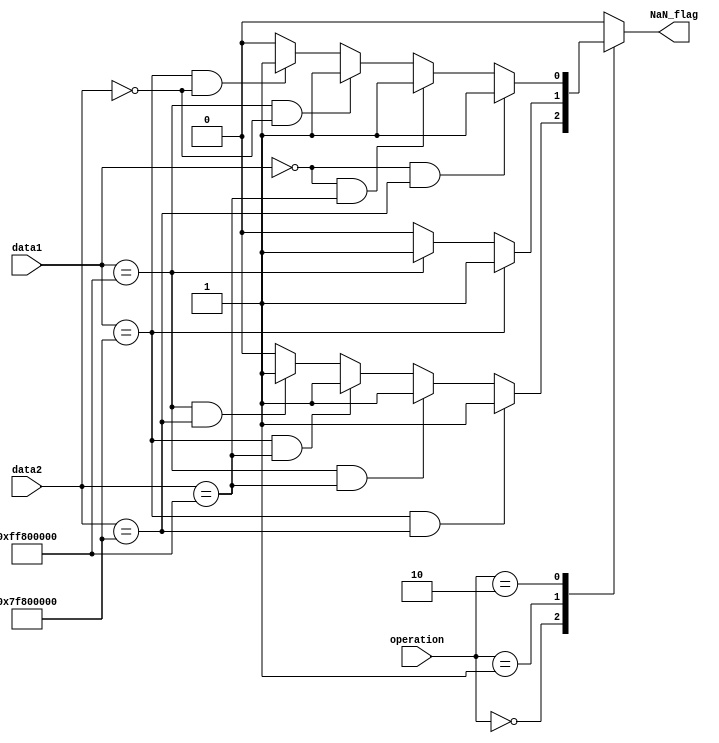
module NaN_mod_32
(
input wire [1:0] operation,
input wire [31:0] data1,
input wire [31:0] data2,
output reg NaN_flag
 ); 
 always @*
 begin
    case(operation)
        2'b00:
        begin
            if((data1 == 32'h7f800000) && (data2 == 32'h7f800000))
                NaN_flag = 1'b1;
            else if((data1 == 32'hff800000) && (data2 == 32'hff800000))
                NaN_flag = 1'b1;
            else if((data1 == 32'h7f800000) && (data2 == 32'hff800000))
				NaN_flag = 1'b1;
            else if((data1 == 32'hff800000) && (data2 == 32'h7f800000))
				NaN_flag = 1'b1;
            else
                NaN_flag = 1'b0;            
        end        
        2'b01:
        begin
            if(data1 == 32'h7f800000)
                NaN_flag = 1'b1;
            else if(data1 == 32'hff800000)
                NaN_flag = 1'b1;
            else
                NaN_flag = 1'b0;            
        end        
        2'b10:
        begin
			if((data1 == 32'h00000000) && (data2 == 32'h7f800000))
                NaN_flag = 1'b1;
            else if((data1 == 32'h00000000) && (data2 == 32'hff800000))
                NaN_flag = 1'b1;
            else if((data1 == 32'hff800000) && (data2 == 32'h00000000))
				NaN_flag = 1'b1;
            else if((data1 == 32'h7f800000) && (data2 == 32'h00000000))
				NaN_flag = 1'b1;
            else
                NaN_flag = 1'b0;
        end        
        default:
            NaN_flag = 1'b0;
    endcase
 end
endmodule